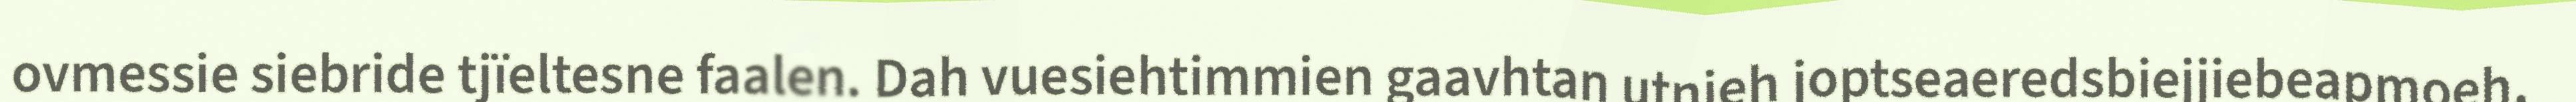
ovmessie siebride tjïeltesne faalen. Dah vuesiehtimmien gaavhtan utnieh joptseaeredsbiejjiebeapmoeh,